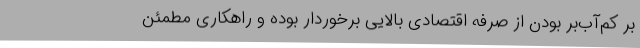
بر کم‌آب‌بر بودن از صرفه اقتصادی بالایی برخوردار بوده و راهکاری مطمئن